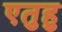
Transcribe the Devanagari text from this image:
एतुहु